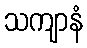
သကျာနံ